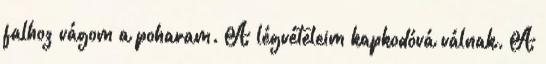
falhoz vágom a poharam. A légvételeim kapkodóvá válnak. A